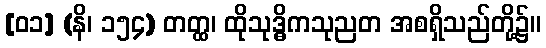
[၀၁] (နိ၊ ၁၅၄) တတ္ထ၊ ထိုသုဒ္ဓိကသုညတ အစရှိသည်တို့၌။